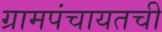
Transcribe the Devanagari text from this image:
ग्रामपंचायतची